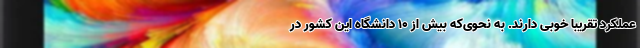
عملکرد تقریبا خوبی دارند. به نحوی‌که بیش از ۱۰ دانشگاه این کشور در